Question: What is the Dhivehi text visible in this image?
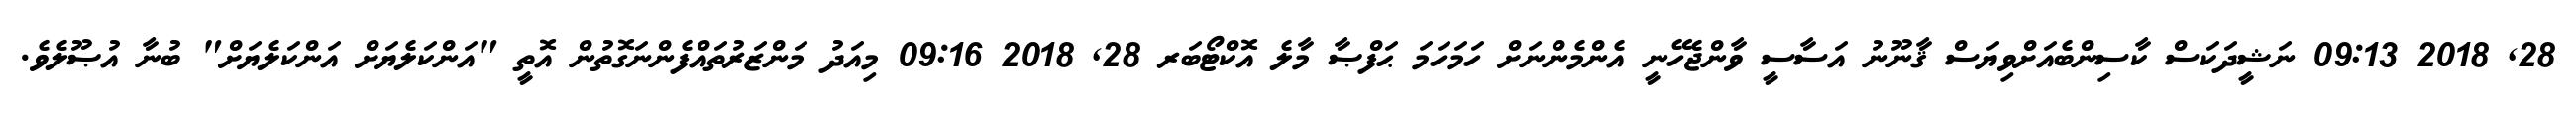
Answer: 28, 2018 09:13 ނަޝީދަކަސް ކާސިންބެއަށްވިޔަސް ޤާނޫނު އަސާސީ ވާންޖެހޭނީ އެންމެންނަށް ހަމަހަމަ ޙަފްޞާ މާލެ އޮކްޓޯބަރ 28, 2018 09:16 މިއަދު މަންޒަރުތައްފެންނަގޮތުން އޮތީ "އަންކަލެޔަށް އަންކަލެޔަށް" ބުނާ އުޞޫލެވެ.